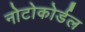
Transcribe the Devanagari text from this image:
नोटोकोर्डल